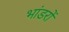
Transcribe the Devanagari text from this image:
भांडरों